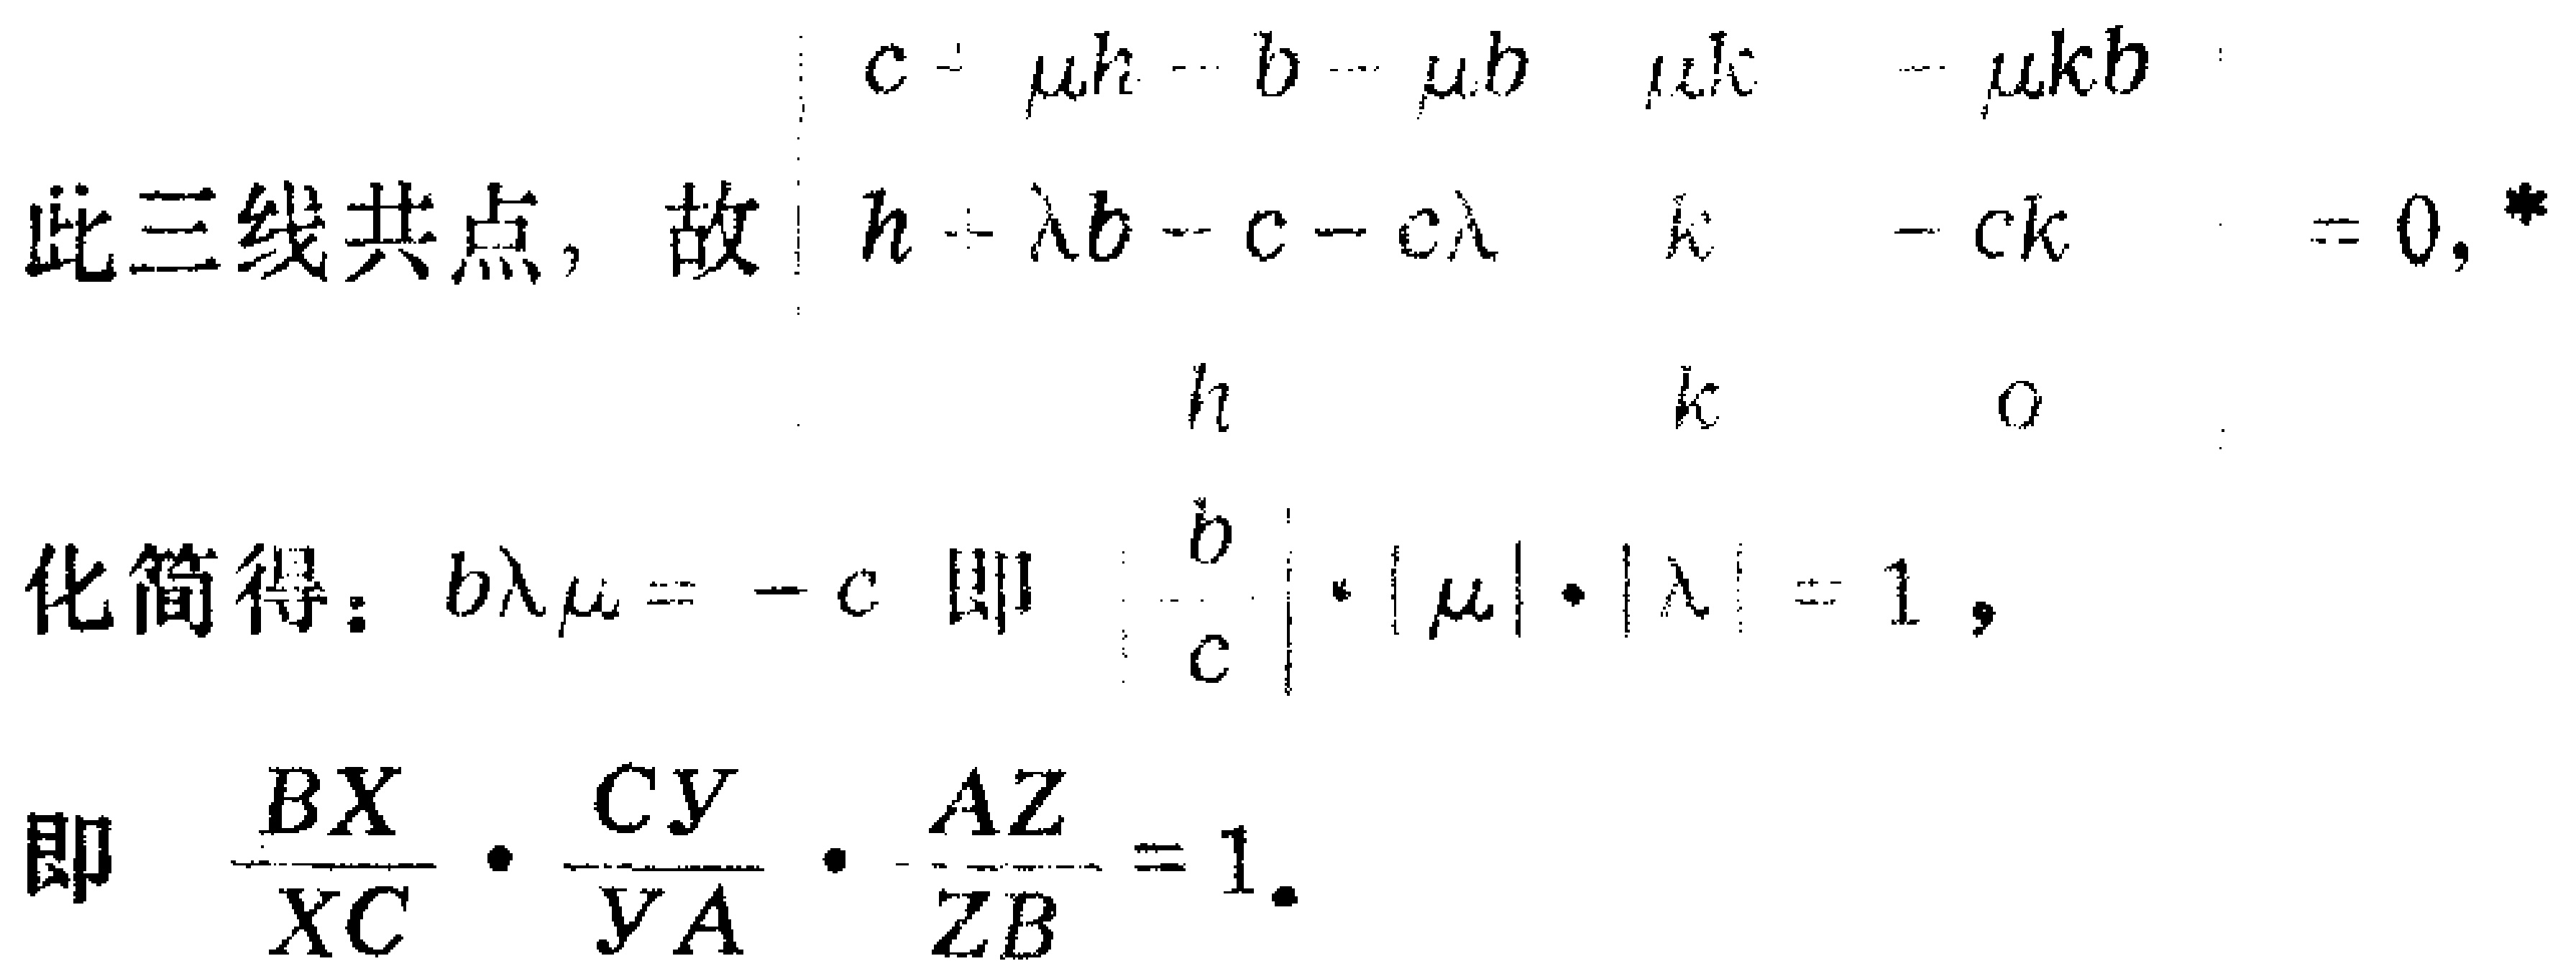
此三线共点，故\(\begin{vmatrix}

c - \mu h - b - \mu b & \mu k & -\mu kb \\

h - \lambda b - c - c\lambda & k & -ck \\

h & k & 0

\end{vmatrix}= 0,^{*}\)

化简得：\(b\lambda\mu = -c\) 即 \(\left|\frac{b}{c}\right|\cdot|\mu|\cdot|\lambda| = 1\)，

即 \(\frac{BX}{XC}\cdot\frac{CY}{YA}\cdot\frac{AZ}{ZB}= 1\)。